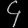
Digit: ၄